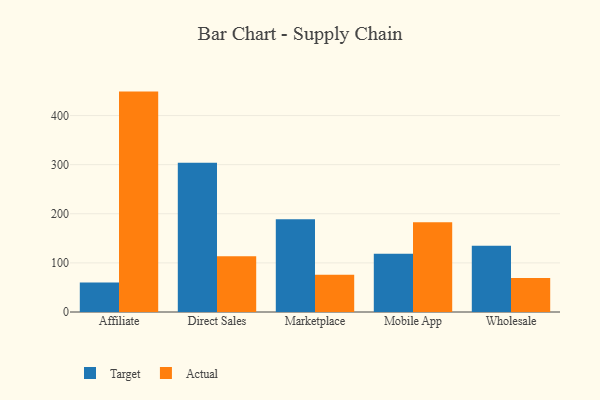
{"axis": {"x": "Channel", "y": "Tickets Resolved"}, "legend": ["Actual", "Target"], "data": [{"x": "Affiliate", "y": 60.2, "type": "Target"}, {"x": "Affiliate", "y": 448.8, "type": "Actual"}, {"x": "Direct Sales", "y": 304.1, "type": "Target"}, {"x": "Direct Sales", "y": 113.4, "type": "Actual"}, {"x": "Marketplace", "y": 188.7, "type": "Target"}, {"x": "Marketplace", "y": 75.8, "type": "Actual"}, {"x": "Mobile App", "y": 118.6, "type": "Target"}, {"x": "Mobile App", "y": 182.7, "type": "Actual"}, {"x": "Wholesale", "y": 134.7, "type": "Target"}, {"x": "Wholesale", "y": 69.3, "type": "Actual"}]}